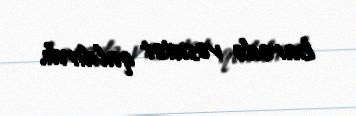
barədə vəsatət qaldırdı.